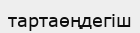
тартаөңдегіш